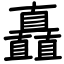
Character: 矗